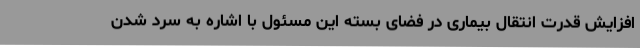
افزایش قدرت انتقال بیماری در فضای بسته این مسئول با اشاره به سرد شدن